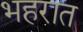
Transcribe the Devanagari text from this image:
भहरात